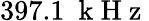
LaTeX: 397.1~\mathrm{~k~H~z~}